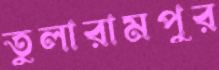
তুলারামপুর